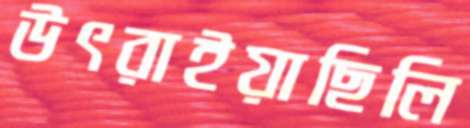
উৎরাইয়াছিলি